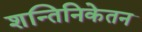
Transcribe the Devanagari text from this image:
शन्तिनिकेतन